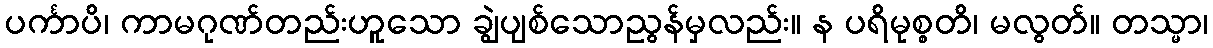
ပင်္ကာပိ၊ ကာမဂုဏ်တည်းဟူသော ချွဲပျစ်သောညွန်မှလည်း။ န ပရိမုစ္စတိ၊ မလွတ်။ တသ္မာ၊